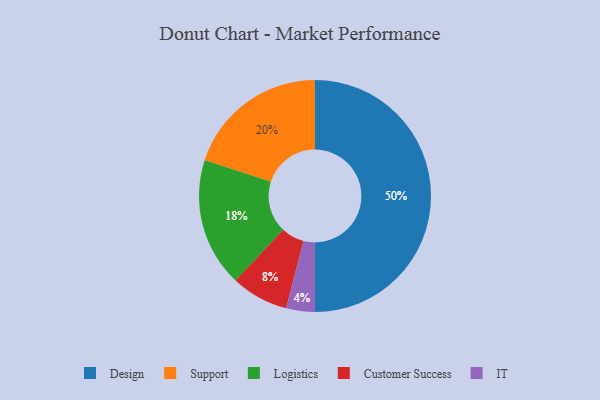
{"axis": {"x": "Category", "y": "Percentage"}, "legend": ["Customer Success", "Design", "IT", "Logistics", "Support"], "data": [{"x": "Support", "y": 20, "type": "Support"}, {"x": "Logistics", "y": 18, "type": "Logistics"}, {"x": "Customer Success", "y": 8, "type": "Customer Success"}, {"x": "Design", "y": 50, "type": "Design"}, {"x": "IT", "y": 4, "type": "IT"}]}